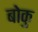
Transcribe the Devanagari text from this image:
बोकु